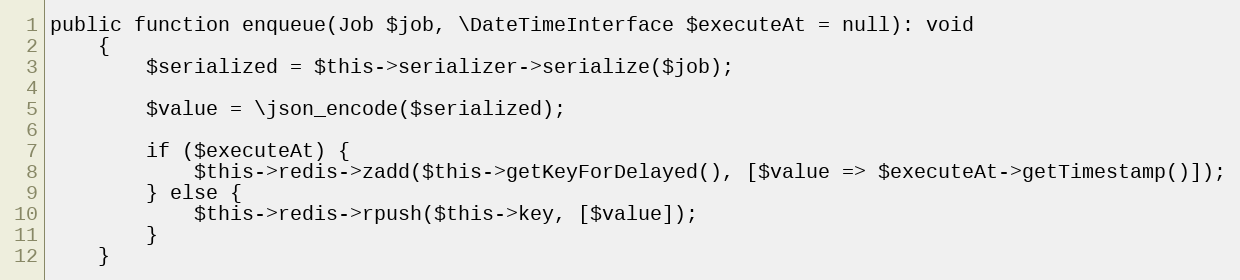
Language: PHP
public function enqueue(Job $job, \DateTimeInterface $executeAt = null): void
    {
        $serialized = $this->serializer->serialize($job);

        $value = \json_encode($serialized);

        if ($executeAt) {
            $this->redis->zadd($this->getKeyForDelayed(), [$value => $executeAt->getTimestamp()]);
        } else {
            $this->redis->rpush($this->key, [$value]);
        }
    }